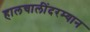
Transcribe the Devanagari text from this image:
हालचालींदरम्यान